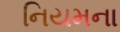
નિયમના